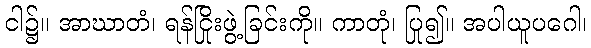
ငါ၌။ အာဃာတံ၊ ရန်ငြိုးဖွဲ့ခြင်းကို။ ကာတုံ၊ ပြု၍။ အပါယူပဂေါ၊